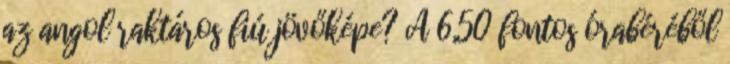
az angol raktáros fiú jövőképe? A 6,50 fontos órabéréből